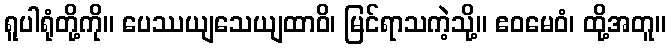
ရူပါရုံတို့ကို။ ပေဿယျသေယျထာဝိ၊ မြင်ရာသကဲ့သို့။ ဧဝမေဝံ၊ ထို့အတူ။